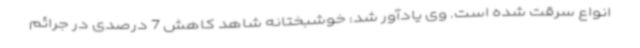
انواع سرقت شده است. وی یادآور شد: خوشبختانه شاهد کاهش 7 درصدی در جرائم